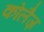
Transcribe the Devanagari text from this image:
कोलैज़